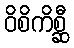
ဝိစိကိစ္ဆီ